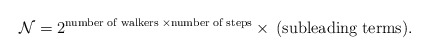
\begin{align*}{\cal N}=2^{{\rm number\;of\; walkers\; }\times {\rm number\; of\; steps}} \times\, {\rm (subleading\; terms)}.\end{align*}